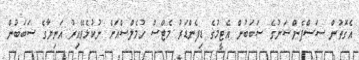
އެގޮތުން ސަސްޕެންޝަނުގެ ސަބަބުން އެޓީމުގެ ޑިފެންޑަރު މެޓްސް ހުމެލްސްއަށް ނުކުޅެވޭއިރު އަނިޔާގެ ސަބަބުން